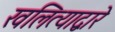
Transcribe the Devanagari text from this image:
खलित्याद्वारे